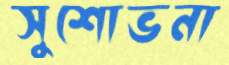
সুশোভনা